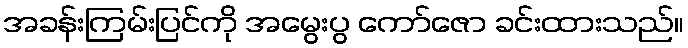
အခန်းကြမ်းပြင်ကို အမွေးပွ ကော်ဇော ခင်းထားသည်။